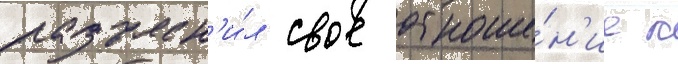
разъясн'и́л свое отноше́н'ие к